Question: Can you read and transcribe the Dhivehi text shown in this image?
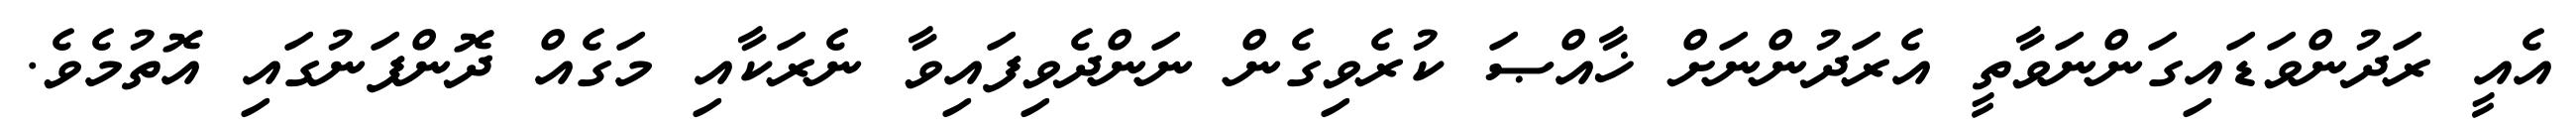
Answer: އެއީ ރަދުންވަޑައިގަންނަވާތީ އެރަދުންނަށް ޚާއްޞަ ކުރެވިގެން ނަންދެވިފައިވާ ނެރަކާއި މަގެއް ދޮންފަނުގައި އޮތުމެވެ.